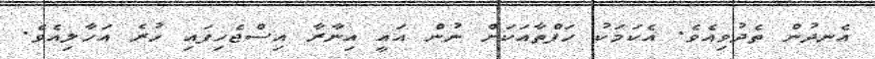
އެނދުން ތެދުވިއެވެ. އެކަމަކު ހަފްތާއަކަށް ނުން އައީ އިނާރާ އިސްޖެހިފައި ހުރެ އަހާލިއެވެ.